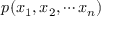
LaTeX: p ( x _ { 1 } , x _ { 2 } , \cdots x _ { n } )